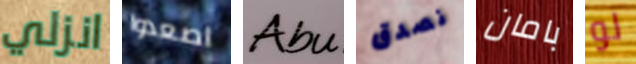
انزلي اصعدوا Abu نصدق بامان لو